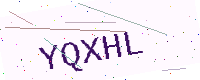
Text: YQXHL